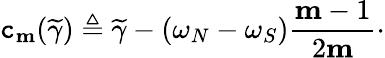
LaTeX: \mathtt{c}_{\mathbf{{m}}}(\widetilde{{\gamma}})\triangleq\widetilde{{\gamma}}-(\omega_{N}-\omega_{S})\frac{{\mathbf{{m}}-1}}{{2\mathbf{{m}}}}\cdot